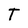
Character: T